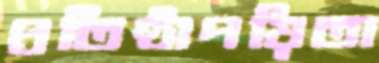
প্রতিষ্ঠাপয়িতা